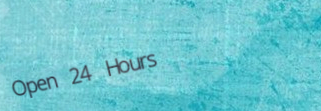
Open 24 Hours